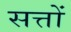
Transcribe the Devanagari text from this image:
सत्तों